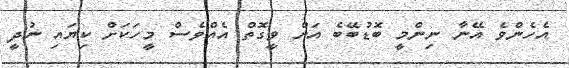
އެހެންވެ އޭނާ ނިންމީ ބޮޑުބޭބެ އަށް ވީގޮތް އެއްވެސް މީހަކަށް ކިޔައި ނުދީ